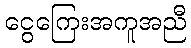
ငွေကြေးအကူအညီ